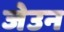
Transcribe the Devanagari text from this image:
जेउन